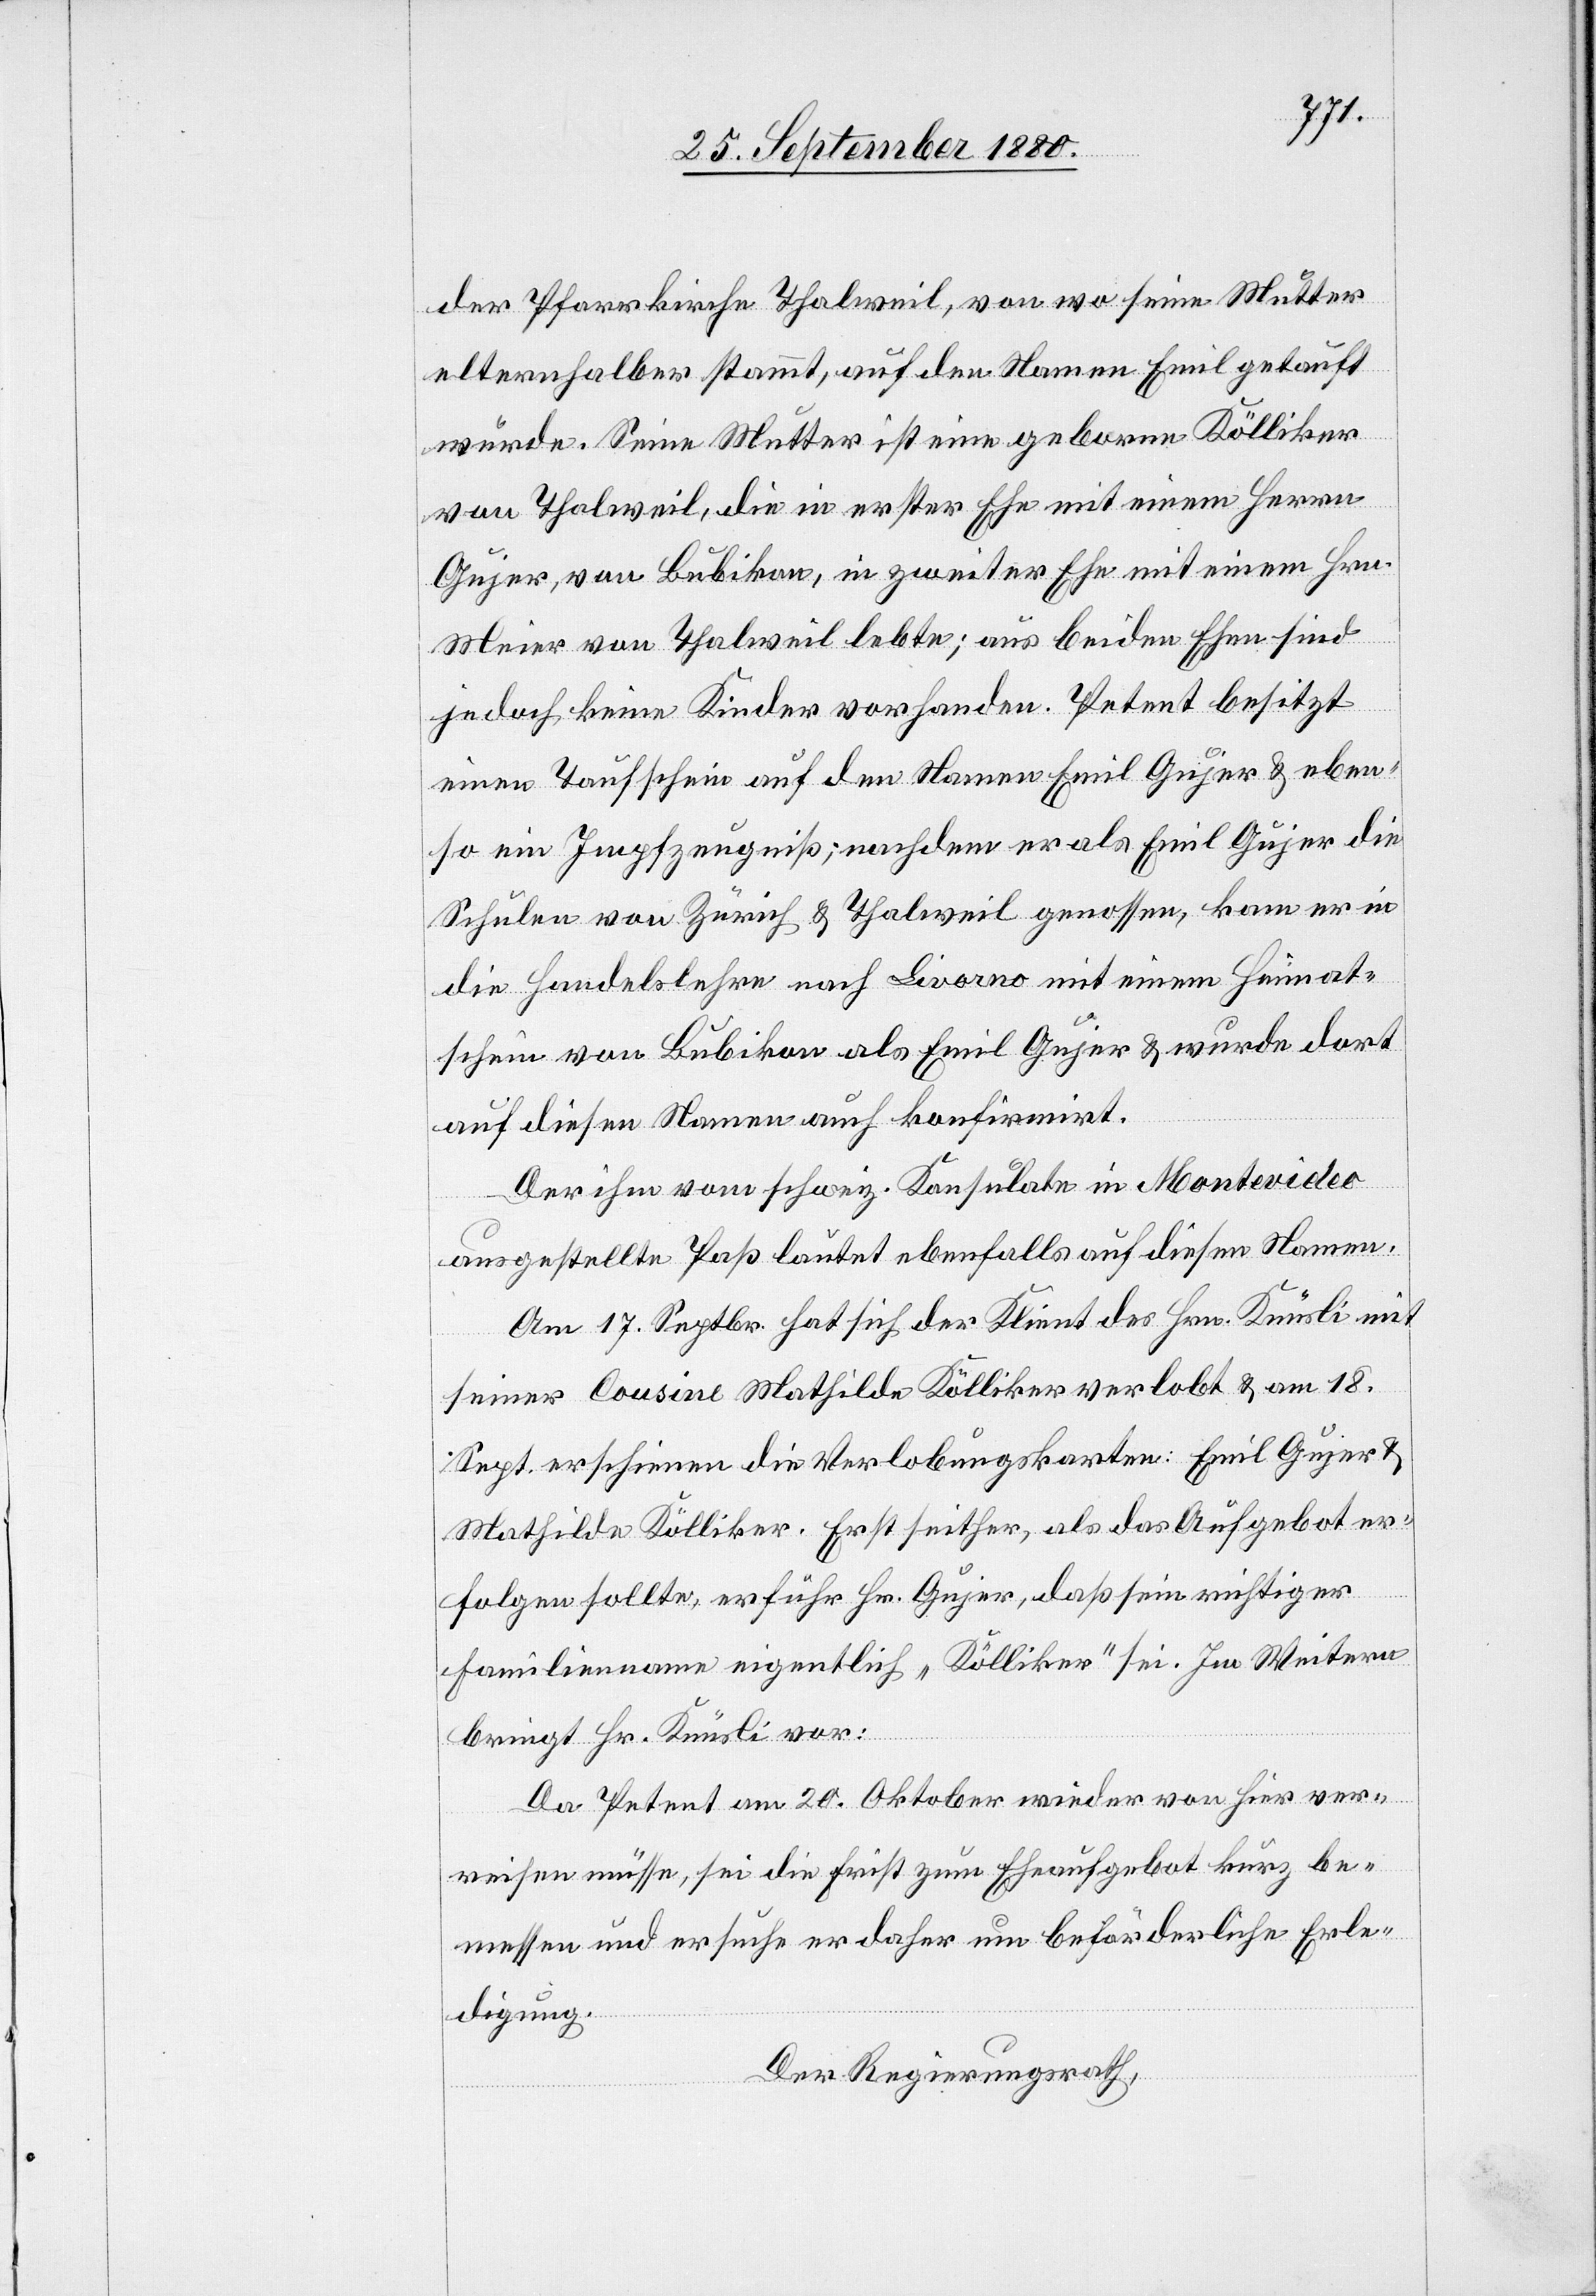
der Pfarrkirche Thalweil, von wo seine Mutter
elternhalber stammt, auf den Namen Emil getauft
wurde. Seine Mutter ist eine geborene Kölliker
von Thalweil, die in erster Ehe mit einem Herren
Gujer, von Bubikon, in zweiter Ehe mit einem Hrn.
Meier von Thalweil lebte; aus beiden Ehen sind
jedoch keine Kinder vorhanden. Petent besitzt
einen Taufschein auf den Namen Emil Gujer & eben¬
so ein Impfzeugniß; nachdem er als Emil Gujer die
Schule von Zürich & Thalweil genossen, kam er in
die Handelslehre nach Livorno mit einem Heimat¬
schein von Bubikon als Emil Gujer & wurde dort
auf diesen Namen auch konfirmiert.
Der Ihm vom schweiz. Konsulate in Montevideo
ausgestellte Paß lautet ebenfalls auf diesen Namen.
Am 17. Septbr. hat sich der Klient des Hrn. Knüsli mit
seiner Cousine Mathilde Kölliker verlobt & am 18.
Sept. erschienen die Verlobungskarten: Emil Gujer &
Mathilde Kölliker. Erst seither, als das Aufgebot er¬
folgen sollte, erfuhr Hr. Gujer, daß sein richtiger
Familienname eigentlich „Kölliker“ sei. Im Weitern
bringt Hr. Knüsli vor:
Da Petent am 20. Oktober wieder von hier ver¬
reisen müsse, sei die Frist zum Eheaufgebot kurz be¬
messen und ersuch er daher um beförderliche Erle¬
digung.
Der Regierungsrath,